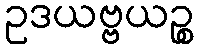
ဥဒယဗ္ဗယဉ္စ